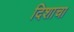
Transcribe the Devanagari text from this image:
दिशाचा